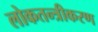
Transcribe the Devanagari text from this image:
लोकतन्‍त्रीकरण